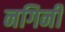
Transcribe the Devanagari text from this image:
नगिनी